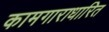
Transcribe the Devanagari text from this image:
कामगाराधारित